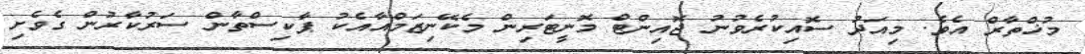
މުޚްތާރް އެވެ. މިއަދު ސޮއިކުރެވުނު ޖޮއިންޓް މޮނީޓަރިން މެކޭނިޒަމްއާއެކު ޕާކިސްތާން ސަރުކާރުން ގެވެށި